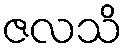
ဇလသိ